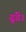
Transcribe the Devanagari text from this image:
ढूंढें।